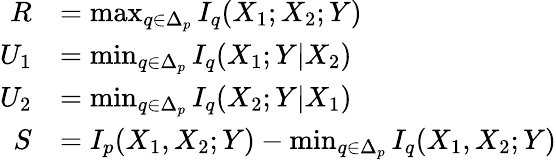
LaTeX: \begin{array}{rl}{R}&{=\operatorname*{max}_{q\in\Delta_{p}}I_{q}(X_{1};X_{2};Y)}\\ {U_{1}}&{=\operatorname*{min}_{q\in\Delta_{p}}I_{q}(X_{1};Y|X_{2})}\\ {U_{2}}&{=\operatorname*{min}_{q\in\Delta_{p}}I_{q}(X_{2};Y|X_{1})}\\ {S}&{=I_{p}(X_{1},X_{2};Y)-\operatorname*{min}_{q\in\Delta_{p}}I_{q}(X_{1},X_{2};Y)}\end{array}